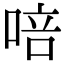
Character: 㖣